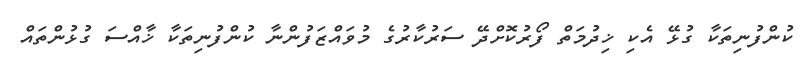
ކުންފުނިތަކާ ގުޅޭ އެކި ޚިދުމަތް ފޯރުކޮށްދޭ ސަރުކާރުގެ މުވައްޒަފުންނާ ކުންފުނިތަކާ ޚާއްސަ ގުޅުންތައް